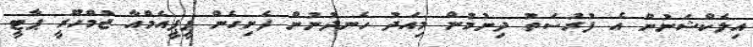
އިލެކްޝަނުން އެ ފުރުސަތު ދިނުމުން މިއަދު ހެނދުނުން ފެށިގެން ޕީޕީއެމްއާ ޖުމްހޫރީ ޕާޓީ